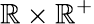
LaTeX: \mathbb{R}\times\mathbb{R}^{+}